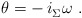
\begin{align*} \theta = - \, i_\Sigma^{} \omega~.\end{align*}